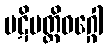
ပဋိပတ္တိဝဂ္ဂေါ